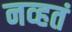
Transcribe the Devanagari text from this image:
नव्‍हतं